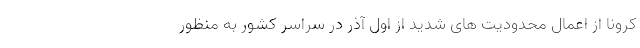
کرونا ‌از اعمال محدودیت های شدید از اول آذر در سراسر کشور به منظور